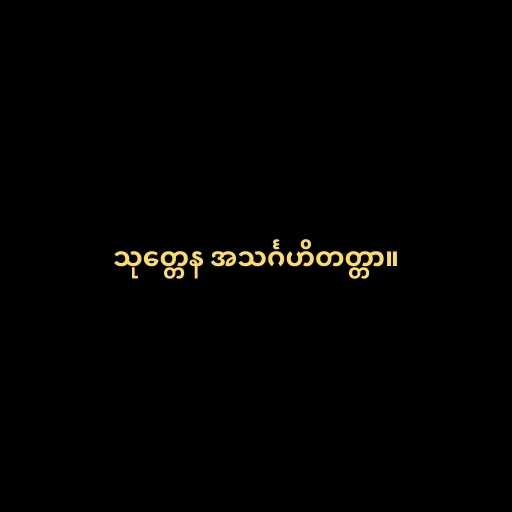
သုတ္တေန အသင်္ဂဟိတတ္တာ။